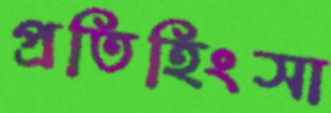
প্রতিহিংসা